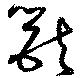
獸